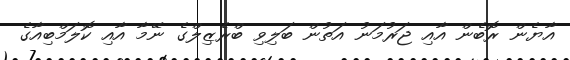
އާޔެން ރޮބެން އާއި ޖަރުމަނު އަތުން ބަލިވި ބްރެޒިލްގެ ނޭމާ އާއި ކޮލަމްބިއާގެ